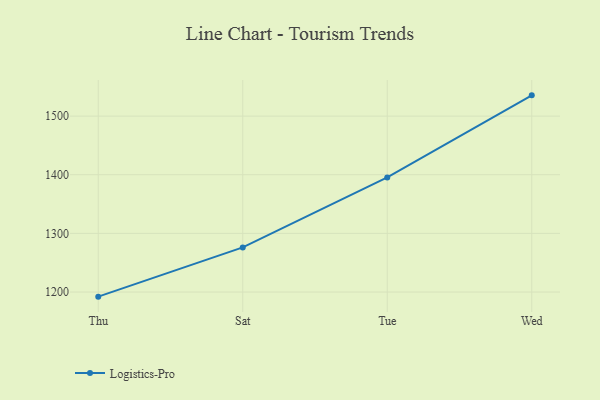
{"axis": {"x": "Day", "y": "Production Output"}, "legend": ["Logistics-Pro"], "data": [{"x": "Thu", "y": 1192.1, "type": "Logistics-Pro"}, {"x": "Sat", "y": 1276.1, "type": "Logistics-Pro"}, {"x": "Tue", "y": 1395.4, "type": "Logistics-Pro"}, {"x": "Wed", "y": 1535.4, "type": "Logistics-Pro"}]}